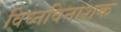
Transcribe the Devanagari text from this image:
विघ्नविनाशक